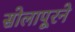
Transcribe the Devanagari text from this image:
सोलापूरने